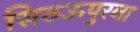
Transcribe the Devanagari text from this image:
सिठऊपुरवा